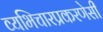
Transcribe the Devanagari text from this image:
व्यभिचारप्रकरणेसी